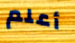
أعلم